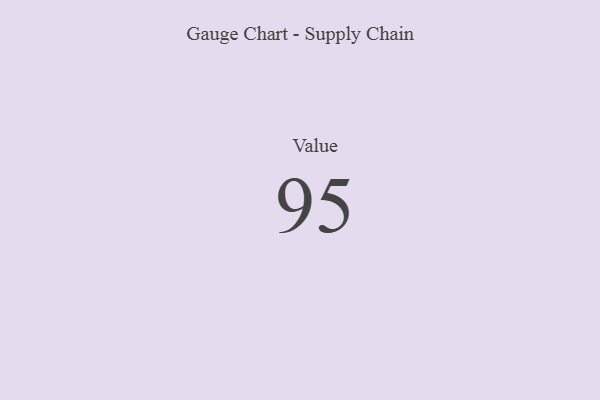
{"axis": {"x": "Metric", "y": "Value"}, "legend": [""], "data": [{"x": "Value", "y": 95, "type": ""}]}